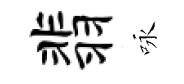
翡咏